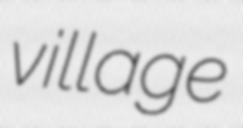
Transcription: village